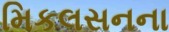
મિકલસનના